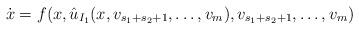
LaTeX: \begin{align*}\dot{x} = f(x,\hat{u}_{I_1}(x,v_{s_1 + s_2 + 1},\dots,v_m),v_{s_1 + s_2 + 1},\dots,v_m)\end{align*}